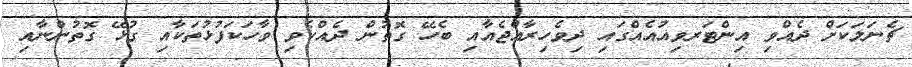
ޗެނަލަކަށް ދެއްވި އިންޓަރވިއުއެއްގައި ދިވެހިރާއްޖެއާއި ބެހޭ ގޮތުން ދެއްކެވި ވާހަކަފުޅުތަކާއި ގުޅޭ ގޮތުންނާއި